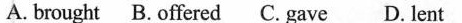
A. brought B. offered C. gave D. lent